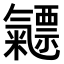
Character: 𣱯